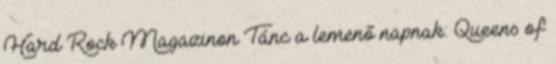
Hard Rock Magazinon Tánc a lemenő napnak: Queens of